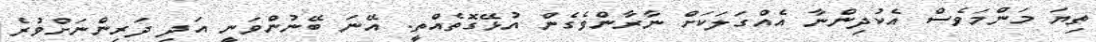
ތިޔަ މަންމަވެސް އެކުދިންނާ އެއްގަލަކަށް ނާރާންވެގެން އުޅޭގޮތެއްތީ. އޭނަ ބޭނުންވަނީ އަދި ދަރިންނަށްވުރެ